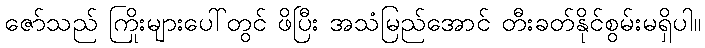
ဇော်သည် ကြိုးများပေါ်တွင် ဖိပြီး အသံမြည်အောင် တီးခတ်နိုင်စွမ်းမရှိပါ။